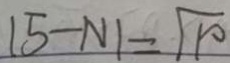
\vert 5 - N \vert = \sqrt { 1 0 }